Vaccination in Bombay 1869-1873 - 1869-1873
Year: 1869
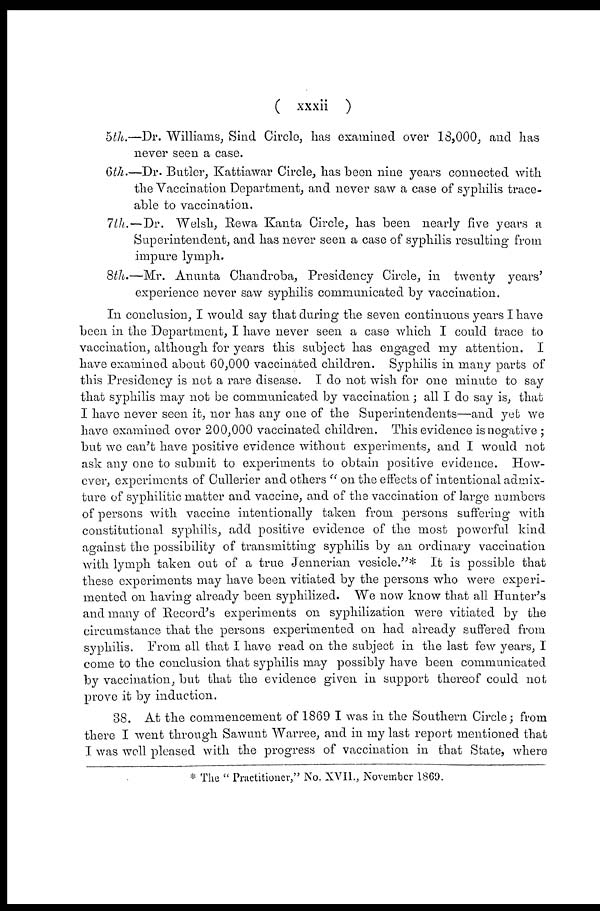
( xxxii )
5th.—Dr. Williams, Sind Circle, has examined over 18,000, and has
never seen a case.
6th.—Dr. Butler, Kattiawar Circle, has been nine years connected with
the Vaccination Department, and never saw a case of syphilis trace-
able to vaccination.
7th.—Dr. Welsh, Rewa Kanta Circle, has been nearly five years a
Superintendent, and has never seen a case of syphilis resulting from
impure lymph.
8th.—Mr. Anunta Chandroba, Presidency Circle, in twenty years'
experience never saw syphilis communicated by vaccination.
In conclusion, I would say that during the seven continuous years I have
been in the Department, I have never seen a case which I could trace to
vaccination, although for years this subject has engaged my attention. I
have examined about 60,000 vaccinated children. Syphilis in many parts of
this Presidency is not a rare disease. I do not wish for one minute to say
that syphilis may not be communicated by vaccination; all I do say is, that
I have never seen it, nor has any one of the Superintendents—and yet we
have examined over 200,000 vaccinated children. This evidence is negative ;
but we can't have positive evidence without experiments, and I would not
ask any one to submit to experiments to obtain positive evidence. How-
ever, experiments of Cullerier and others " on the effects of intentional admix-
ture of syphilitic matter and vaccine, and of the vaccination of large numbers
of persons with vaccine intentionally taken from persons suffering with
constitutional syphilis, add positive evidence of the most powerful kind
against the possibility of transmitting syphilis by an ordinary vaccination
with lymph taken out of a true Jennerian vesicle."* It is possible that
these experiments may have been vitiated by the persons who were experi-
mented on having already been syphilized. We now know that all Hunter's
and many of Record's experiments on syphilization were vitiated by the
circumstance that the persons experimented on had already suffered from
syphilis. From all that I have read on the subject in the last few years, I
come to the conclusion that syphilis may possibly have been communicated
by vaccination, but that the evidence given in support thereof could not
prove it by induction.
38. At the commencement of 1869 I was in the Southern Circle; from
there I went through Sawunt Warree, and in my last report mentioned that
I was well pleased with the progress of vaccination in that State, where
* The " Practitioner," No. XVII., November 1869.